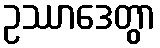
ဥဿာဒေတွာ